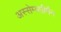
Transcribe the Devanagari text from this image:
अस्सेम्ब्लीमैन